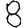
Digit: 8